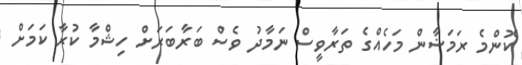
ކޮންމެ ރަމަޟާން މަހެއްގެ ތަރާވީސް ނަމާދު ވެސް ބަރާބަރަށް ހިޝްމާ ކުރާ ކަމަށް